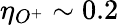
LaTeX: \eta_{O^{+}}\sim 0.2